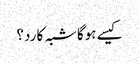
کیسے ہوگاشبہ کا رد؟